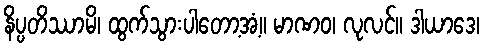
နိပ္ပတိဿာမိ၊ ထွက်သွားပါတော့အံ့။ မာဏဝ၊ လုလင်။ ဒါယာဒေ၊